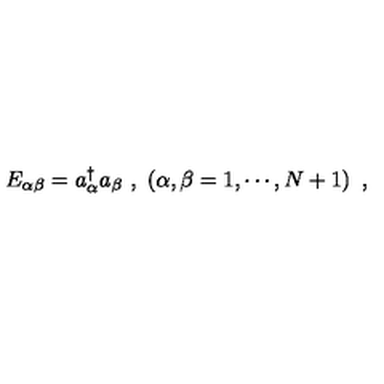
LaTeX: E _ { \alpha \beta } = a _ { \alpha } ^ { \dagger } a _ { \beta } \ , \ \left( \alpha , \beta = 1 , \cdots , N + 1 \right) \ ,